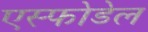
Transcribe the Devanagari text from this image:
एस्फोडेल